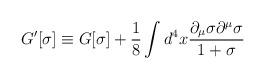
LaTeX: \begin{align*}G'[\sigma]\equiv G[\sigma]+\frac{1}{8}\int d^4x\frac{\partial_\mu\sigma\partial^\mu\sigma}{1+\sigma}\end{align*}